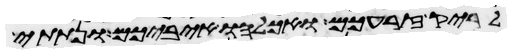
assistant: לריק זרעכם ואכלהו איביכם ונתתי